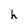
Character: h